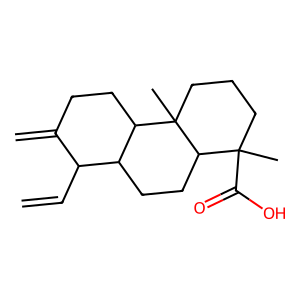
SMILES: C=CC1C(=C)CCC2C1CCC1C(C)(C(=O)O)CCCC21C
Inhibits HIV replication: No